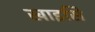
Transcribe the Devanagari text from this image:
खाइसि